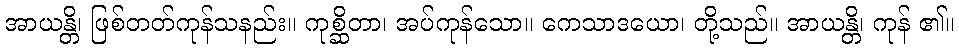
အာယန္တိ၊ ဖြစ်တတ်ကုန်သနည်း။ ကုစ္ဆိတာ၊ အပ်ကုန်သော။ ကေသာဒယော၊ တို့သည်။ အာယန္တိ၊ ကုန် ၏။